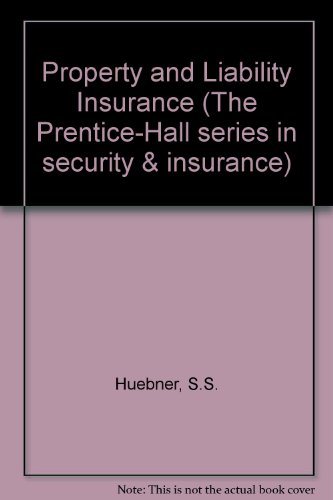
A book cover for Property and Liability Insurance (The Prentice-Hall series in security & insurance); Solomon Stephen Huebner; Business & Money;